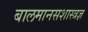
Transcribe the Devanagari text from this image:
बालमानसशास्त्रज्ञ